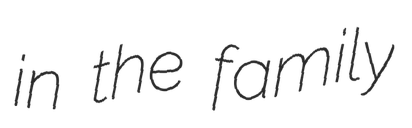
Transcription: in the family